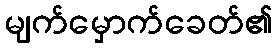
မျက်မှောက်ခေတ်၏